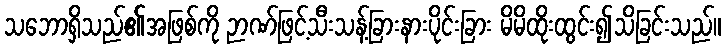
သဘောရှိသည်၏အဖြစ်ကို ဉာဏ်ဖြင့်သီးသန့်ခြားနားပိုင်းခြား မိမိထိုးထွင်း၍သိခြင်းသည်။